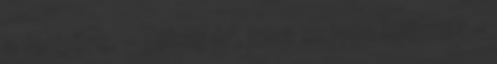
a fenyőre. – Tolvaj úr, lesz szíves lejönni? –